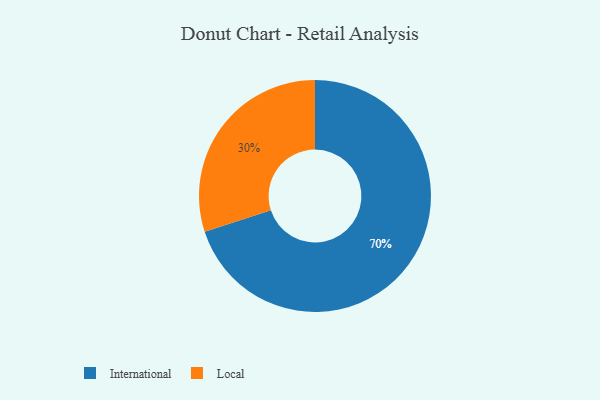
{"axis": {"x": "Category", "y": "Percentage"}, "legend": ["International", "Local"], "data": [{"x": "International", "y": 70, "type": "International"}, {"x": "Local", "y": 30, "type": "Local"}]}